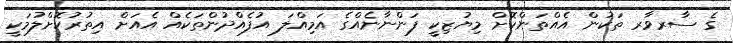
ގެ ސާރވާރ ތަކުން އެއްތަންކޮށް މިޔުޒިކީ ފަންނާނެއްގެ އަމިއްލަ އުފެއްދުންތަކެއް އެއަށް އިތުރުކޮށްލުމަކީ